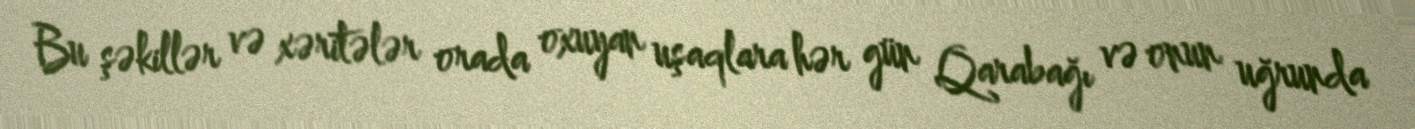
Bu şəkillər və xəritələr orada oxuyan uşaqlara hər gün Qarabağı və onun uğrunda